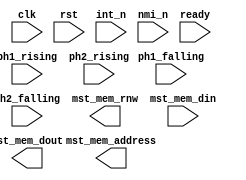
`timescale 1ns / 1ps

module nes_cpu6502(
   //Clock and reset.
   input  wire        clk,                //System clock signal.
   input  wire        rst,                //System reset signal.
   input  wire        ph1_rising,         //Rising edge of the phase 1 clock.
   input  wire        ph1_falling,        //Falling edge of the phase 1 clock.
   input  wire        ph2_rising,         //Rising edge of the phase 2 clock.
   input  wire        ph2_falling,        //Falling edge of the phase 2 clock.
   
   //Master bus interface.
   output wire        mst_mem_rnw,        //Read/write select signal.
   output wire [15:0] mst_mem_address,    //Address bus.
   output wire [7:0]  mst_mem_dout,       //Data bus.
   input  wire [7:0]  mst_mem_din,
   
   //Interrupt and DMA request.
   input  wire        int_n,              //INT request signal (active-low).
   input  wire        nmi_n,              //NMI request signal (falling edge).
   input  wire        ready               //When low, the CPU stops at read cycles.
);


endmodule